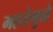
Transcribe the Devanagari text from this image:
महत्तेमुळे